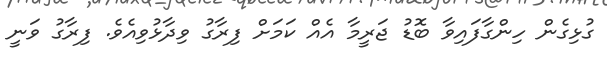
ގުޅިގެން ހިންގާފައިވާ ބޮޑު ޖަރީމާ އެއް ކަމަށް ފިރާގު ވިދާޅުވިއެވެ. ފިރާގު ވަނީ